Medical and sanitary report of the native army of Bengal for the year
Year: 1874
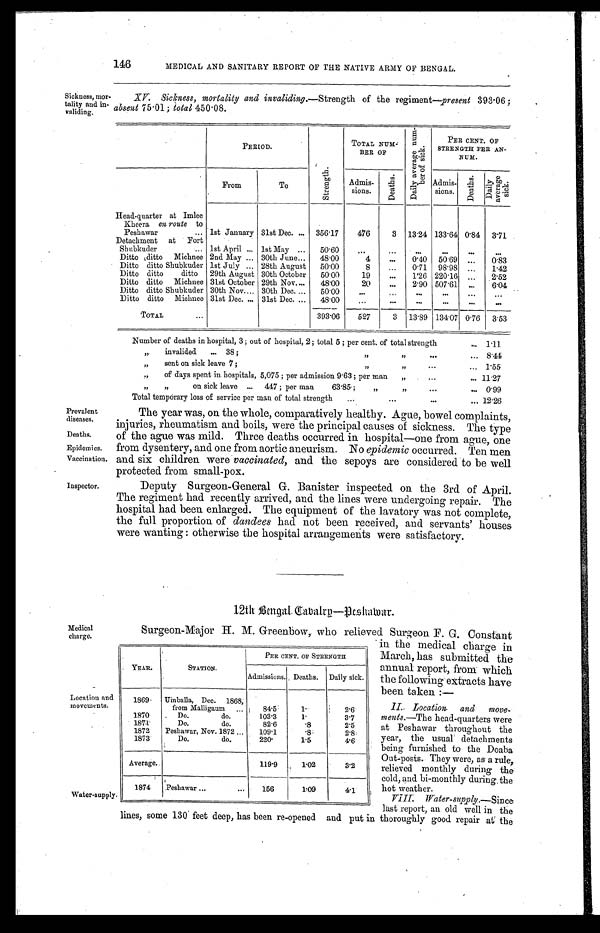
Prevalent
diseases.
Deaths.
Epidemics.
Vaccination.
Inspector.
146
MEDICAL AND SANITARY REPORT OF THE NATIVE ARMY OF BENGAL.
Sickness, mor
- t a l i t y a n d i n - v a l i d i n g .
XV. Sickness, mortality and invaliding.—Strength of the regiment—present 393.06;
absent 75.01; total 450.08.
PERIOD.
S t r e n g t h .
TOTAL NUM-
BER OF
D a i l y a v e r a g e n u m -
b e r o f s i c k .
PER CENT. OF
STRENGTH PER AN-
NUM.
From
To
Admis-
sions. Deat hs.
Admis-
sions.
De a t hs .
Dai l y
aver age
sick.
He a d - q u a r t e r a t I ml e e
Kheera en route to
Peshawar
1st January 31st Dec.
356.17
476
3 13.24 133.64 0.84 3.71
Detachment at Fort
Shubkuder
1st April
1st May
50.60
Ditto ditto Michnee 2nd May
30th June
48.00
4
0.40 50.69
0.83
Ditto ditto Shubkuder
Ditto ditto ditto
1st July
29th August .
28th August
30th October
50.00
50.00
8
19
0.71
1.26
98.98
220.16
1.42
2.52
Ditto ditto Michnee 31st October 29th Nov. 48. 00
20
2.90 507.61
6.04
Ditto ditto Shubkuder 30th Nov. 30th Dec. 50. 00
Ditto ditto Michnee 31st Dec.
31st Dec.
48.00
TOTAL
393.06
527
3 13.89 134. 07 0.76 3.53
Number of deaths in hospital, 3; out of hospital, 2; total 5; per cent. of total strength
1.11
„
.invalided 38; „ „
8.44
„ s e n t o n s i c k l e a v e 7 ; „ „
1.55
„
of days spent in hospitals, 5,075; per admission 9.63; per man „
11.27
„ „
on sick leave 447; per man 63.85; „ „
0.99
Total temporary loss of service per man of total strength
12.26
The year was, on the whole, comparatively healthy. Ague, bowel complaints,
injuries, rheumatism and boils, were the principal causes of sickness. The type
of the ague was mild. Three deaths occurred in hospital—one from ague, one
from dysentery, and one from aortic aneurism. No epidemic occurred. Ten men
and six children were vaccinated, and the sepoys are considered to be well
protected from small-pox.
Deputy Surgeon-General G. Banister inspected on the 3rd of April.
The regiment had recently arrived, and the lines were undergoing repair. The
hospital had been enlarged. The equipment of the lavatory was not complete,
the full proportion of dandees had not been received, and servants' houses
were wanting: otherwise the hospital arrangements were satisfactory.
Medical
charge.
Location and
movements.
Water-supply.
12th Bengal Gabalry—Peshawar.
Surgeon-Major H. M. Greenbow, who relieved Surgeon F. G. Constant
YEAR.
STATION.
PER CENT. OF STRENGTH
Admissions. Deaths. Daily sick.
1869 Umballa Dec. 1868,
from Malligaum
84.5
1.
2.6
1870
Do. do.
103.3
1.
3.7
1871
Do. do.
82.6
.8
2.5
1872 Peshawar, Nov. 1872
109.1
.8
2.8
1873
Do. do.
220.
1.5
4.6
Average.
119.9
1.02
3 . 2
1874 Peshawar
156
1.09
4.1
in the medical charge in
March, has submitted the
annual report, from which
the following extracts have
been taken:—
II. Location, and move
-ments.—The head-quarters were
at Peshawar throughout the
year, the usual detachments
being furnished to the Doaba
Out-posts. They were, as a rule,
relieved monthly during the
cold, and bi-monthly during the
hot weather.
VIII.
W a t e r - s u p p l y .
—Since last report, an old well in the
lines, some 130 feet deep, has been re-opened and put in thoroughly good repair at the